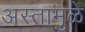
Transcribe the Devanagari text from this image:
अस्तामुळे